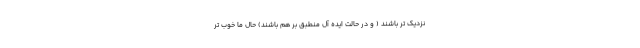
نزدیک تر باشند ( و در حالت ایده آل منطبق بر هم باشند) حال ما خوب تر